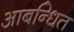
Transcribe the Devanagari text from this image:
आबन्धित